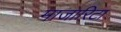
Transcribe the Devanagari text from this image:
माजारिटा